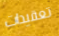
تعقيدات